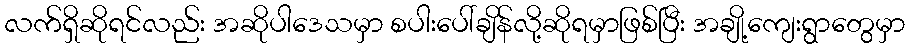
လက်ရှိဆိုရင်လည်း အဆိုပါဒေသမှာ စပါးပေါ်ချိန်လို့ဆိုရမှာဖြစ်ပြီး အချို့ကျေးရွာတွေမှာ